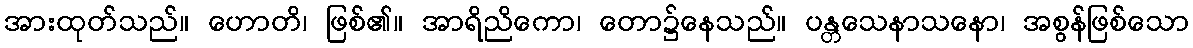
အားထုတ်သည်။ ဟောတိ၊ ဖြစ်၏။ အာရိညိကော၊ တော၌နေသည်။ ပန္တသေနာသနော၊ အစွန်ဖြစ်သော